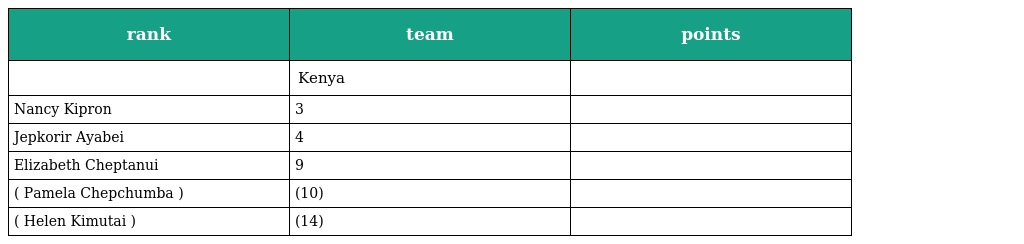
| rank | team | points |
 | --- | --- | --- |
 |  | Kenya |  |
 | Nancy Kipron | 3 |  |
 | Jepkorir Ayabei | 4 |  |
 | Elizabeth Cheptanui | 9 |  |
 | ( Pamela Chepchumba ) | (10) |  |
 | ( Helen Kimutai ) | (14) |  |